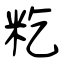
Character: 籺